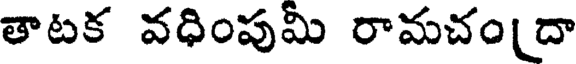
తాటక వధింపుమీ రామచందా